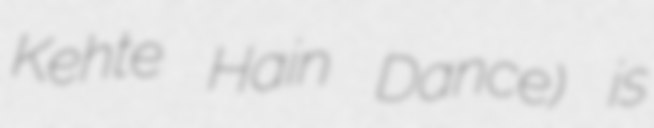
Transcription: Kehte Hain Dance) is